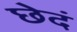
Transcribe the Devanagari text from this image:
छेदं